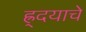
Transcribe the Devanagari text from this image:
ह्र्दयाचे